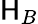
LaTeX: \mathsf{H}_{B}